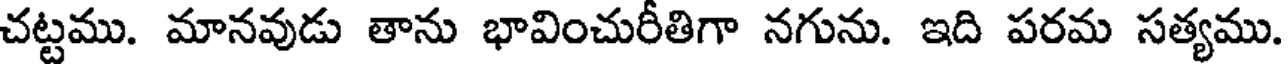
చట్టము. మానవుడు తాను భావించురీతిగా నగును. ఇది పరమ సత్యము.